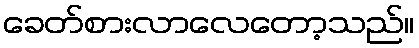
ခေတ်စားလာလေတော့သည်။